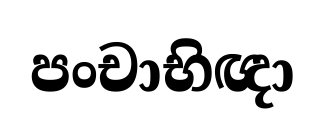
පංචාභිඥා